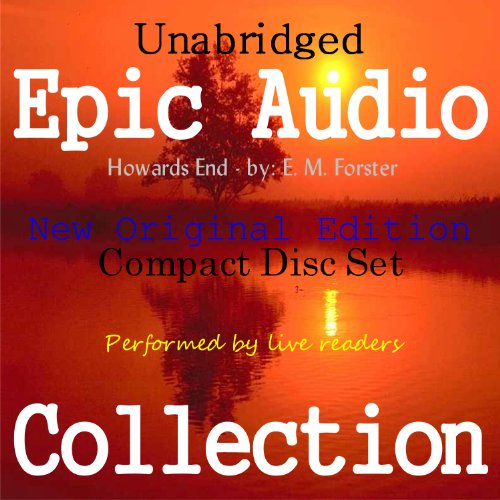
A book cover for Howards End [Epic Audio Collection]; E. M. Forster; Crafts, Hobbies & Home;